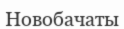
Новобачаты